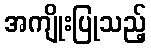
အကျိုးပြုသည့်